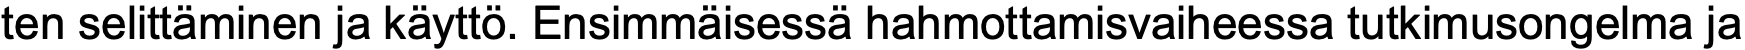
ten selittäminen ja käyttö. Ensimmäisessä hahmottamisvaiheessa tutkimusongelma ja